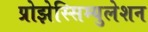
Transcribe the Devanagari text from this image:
प्रोझेस्सिम्युलेशन